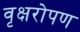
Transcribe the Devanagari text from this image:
वृक्षरोपण